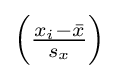
{\textstyle \left({\frac {x_{i}-{\bar {x}}}{s_{x}}}\right)}